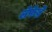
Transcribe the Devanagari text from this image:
लेफेब्रे